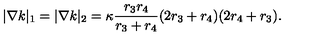
| \nabla k | _ { 1 } = | \nabla k | _ { 2 } = \kappa \frac { r _ { 3 } r _ { 4 } } { r _ { 3 } + r _ { 4 } } ( 2 r _ { 3 } + r _ { 4 } ) ( 2 r _ { 4 } + r _ { 3 } ) .